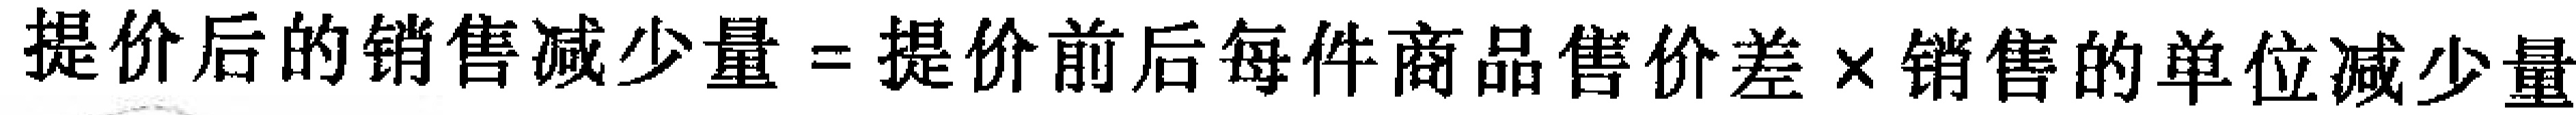
提价后的销售减少量=提价前后每件商品售价差×销售的单位减少量